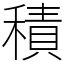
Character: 積